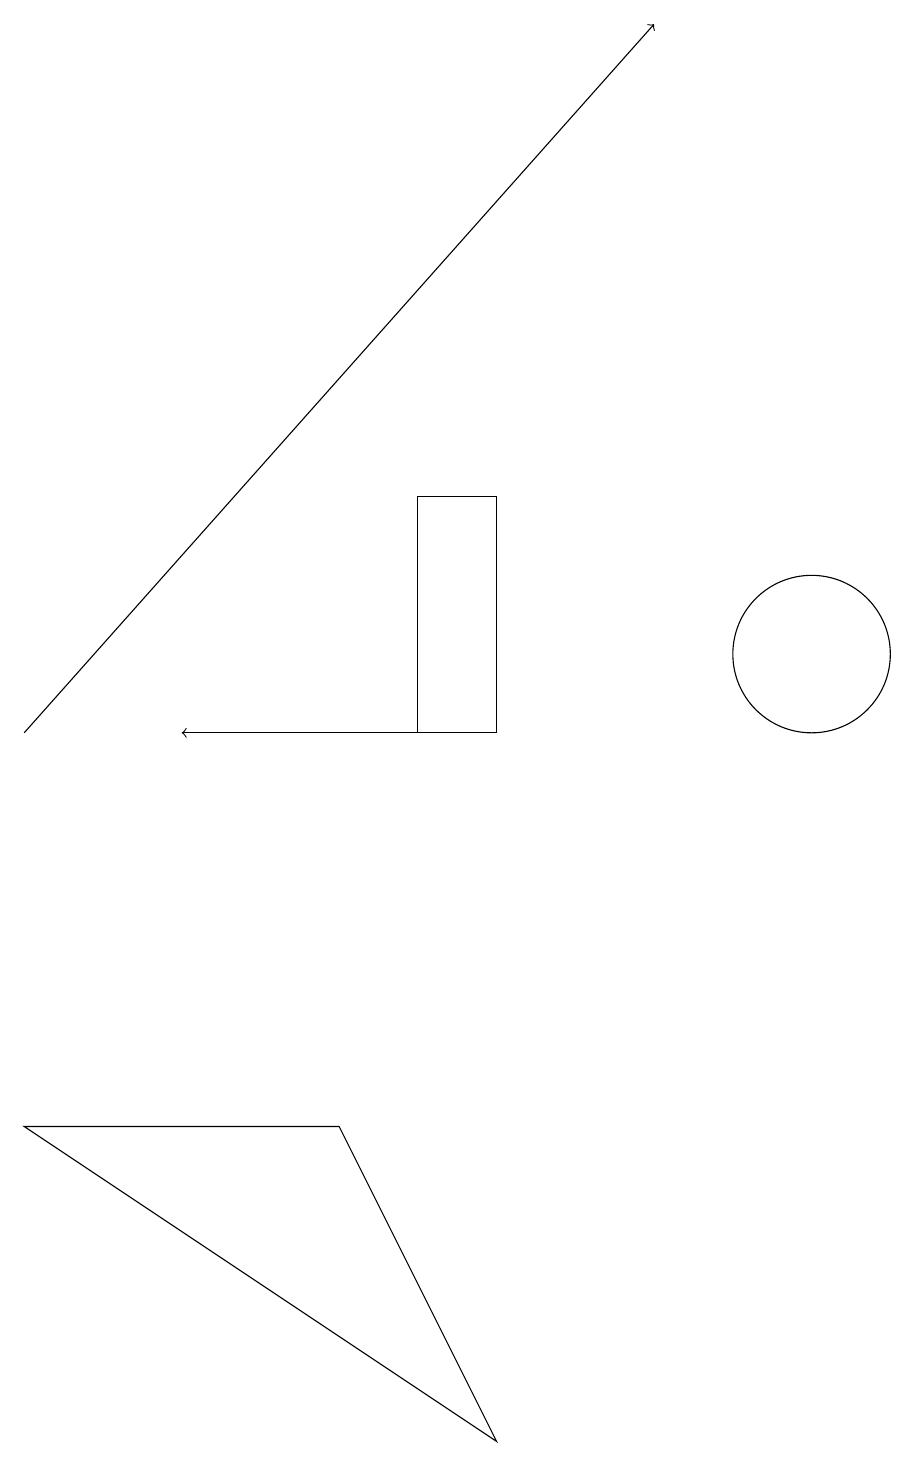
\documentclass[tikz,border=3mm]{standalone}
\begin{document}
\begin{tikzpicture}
\draw[->] (6,10) -- (3,10);
\draw (7,1) -- (1,5) -- (5,5) -- cycle;
\draw (11,11) circle (1);
\draw (6,10) rectangle (7,13);
\draw[->] (1,10) -- (9,19);
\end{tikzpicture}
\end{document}